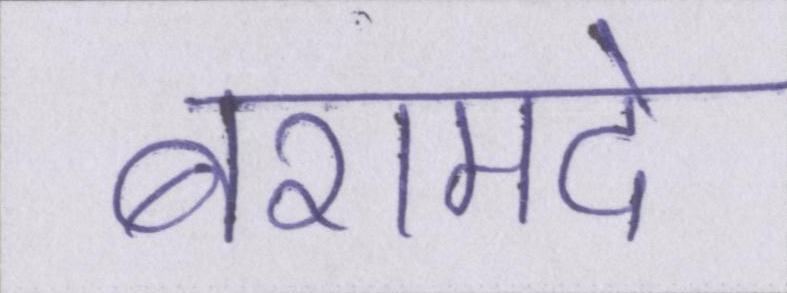
बरामदे